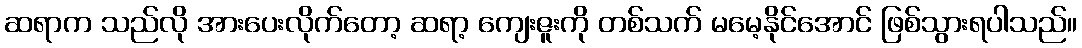
ဆရာက သည်လို အားပေးလိုက်တော့ ဆရာ့ ကျေးဇူးကို တစ်သက် မမေ့နိုင်အောင် ဖြစ်သွားရပါသည်။